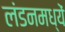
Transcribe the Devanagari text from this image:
लंडनमध्यें